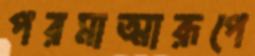
পরমাত্মারূপে